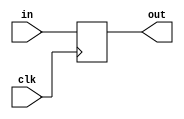
module flip_flop(in, out, clk);
    input in, clk;
    output reg out = 0;
    
    always @(posedge clk) begin
        out <= in;
    end
    
endmodule